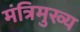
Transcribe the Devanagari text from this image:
मंत्रिमुख्य